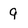
Character: 9